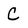
Character: C